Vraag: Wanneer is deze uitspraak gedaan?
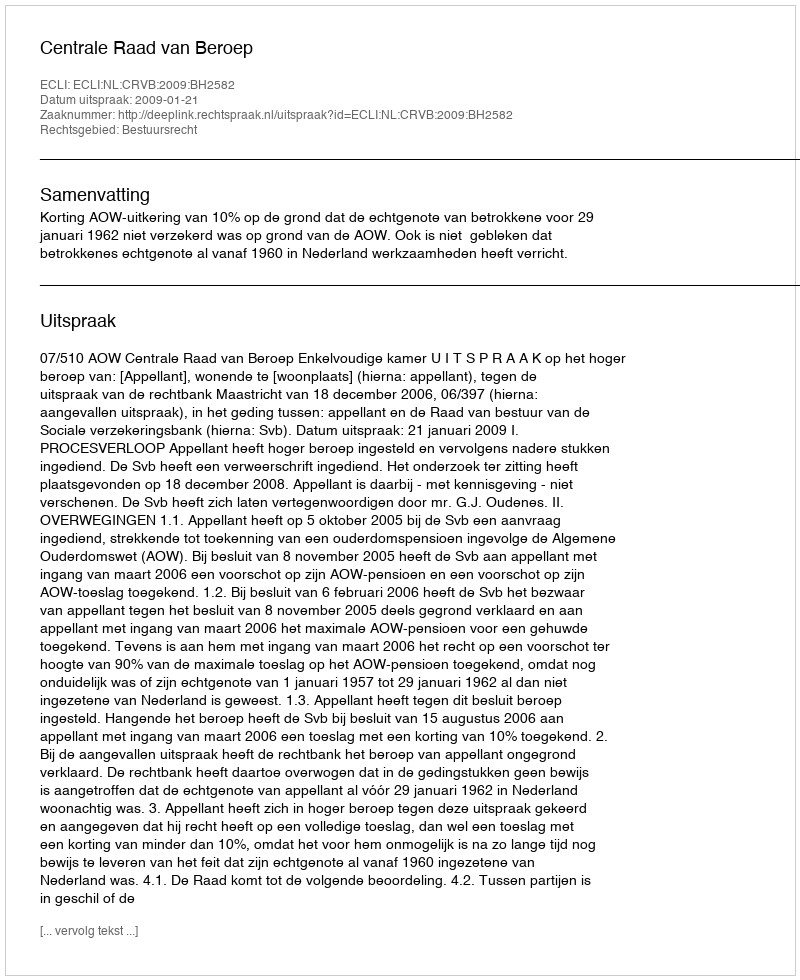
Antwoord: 2009-01-21